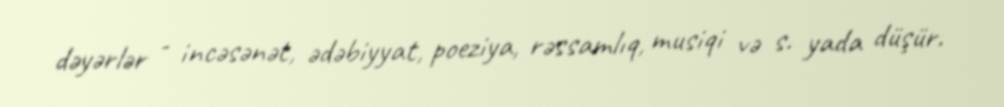
dəyərlər - incəsənət, ədəbiyyat, poeziya, rəssamlıq, musiqi və s. yada düşür.